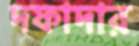
দফাদার